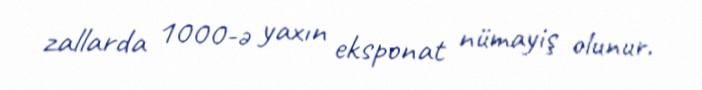
zallarda 1000-ə yaxın eksponat nümayiş olunur.